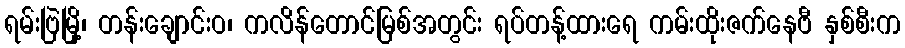
ရမ်းဗြဲမြို့၊ တန်းချောင်းဝ၊ ကလိန်တောင်မြစ်အတွင်း ရပ်တန့်ထားရေ ကမ်းထိုးဇက်နေဗီ နှစ်စီးက